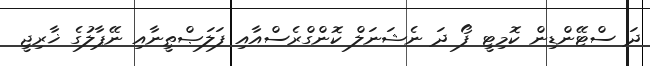
ދަ ސްޓޭންޑިން ކޮމިޓީ ފޯ ދަ ނެޝަނަލް ކޮންގްރެސްއާއި ފަލަޞްޠީނާއި ނޭޕާލުގެ ޚާރިޖީ